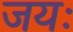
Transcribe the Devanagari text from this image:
जयः